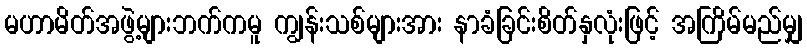
မဟာမိတ်အဖွဲ့များဘက်ကမူ ကျွန်းသစ်များအား နာခံခြင်းစိတ်နှလုံးဖြင့် အကြိမ်မည်မျှ